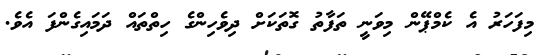
މިފަހަރު އެ ކެމްޕޭން މިވަނީ ތަފާތު ގޮތަކަށް ދިވެހިންގެ ހިތްތައް ދަމައިގެންފަ އެވެ.